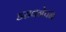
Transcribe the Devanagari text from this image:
डरावनेपन